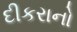
દીકરાનો